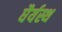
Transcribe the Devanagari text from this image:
धैर्यस्थ